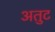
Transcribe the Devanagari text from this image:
अतुट